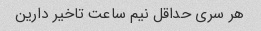
هر سری حداقل نیم ساعت تاخیر دارین